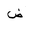
Letter: _dad